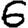
Digit: 6